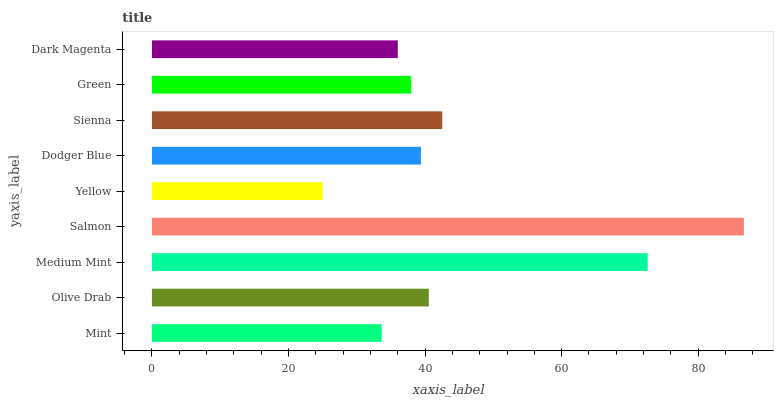
| yaxis_label | bars |
 | --- | --- |
 | Mint | 33.6 |
 | Olive Drab | 40.5 |
 | Medium Mint | 72.6 |
 | Salmon | 86.7 |
 | Yellow | 25 |
 | Dodger Blue | 39.4 |
 | Sienna | 42.5 |
 | Green | 38 |
 | Dark Magenta | 36 |